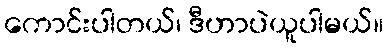
ကောင်းပါတယ်၊ ဒီဟာပဲယူပါမယ်။